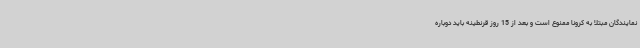
نمایندگان مبتلا به کرونا ممنوع است و بعد از 15 روز قرنطینه باید دوباره